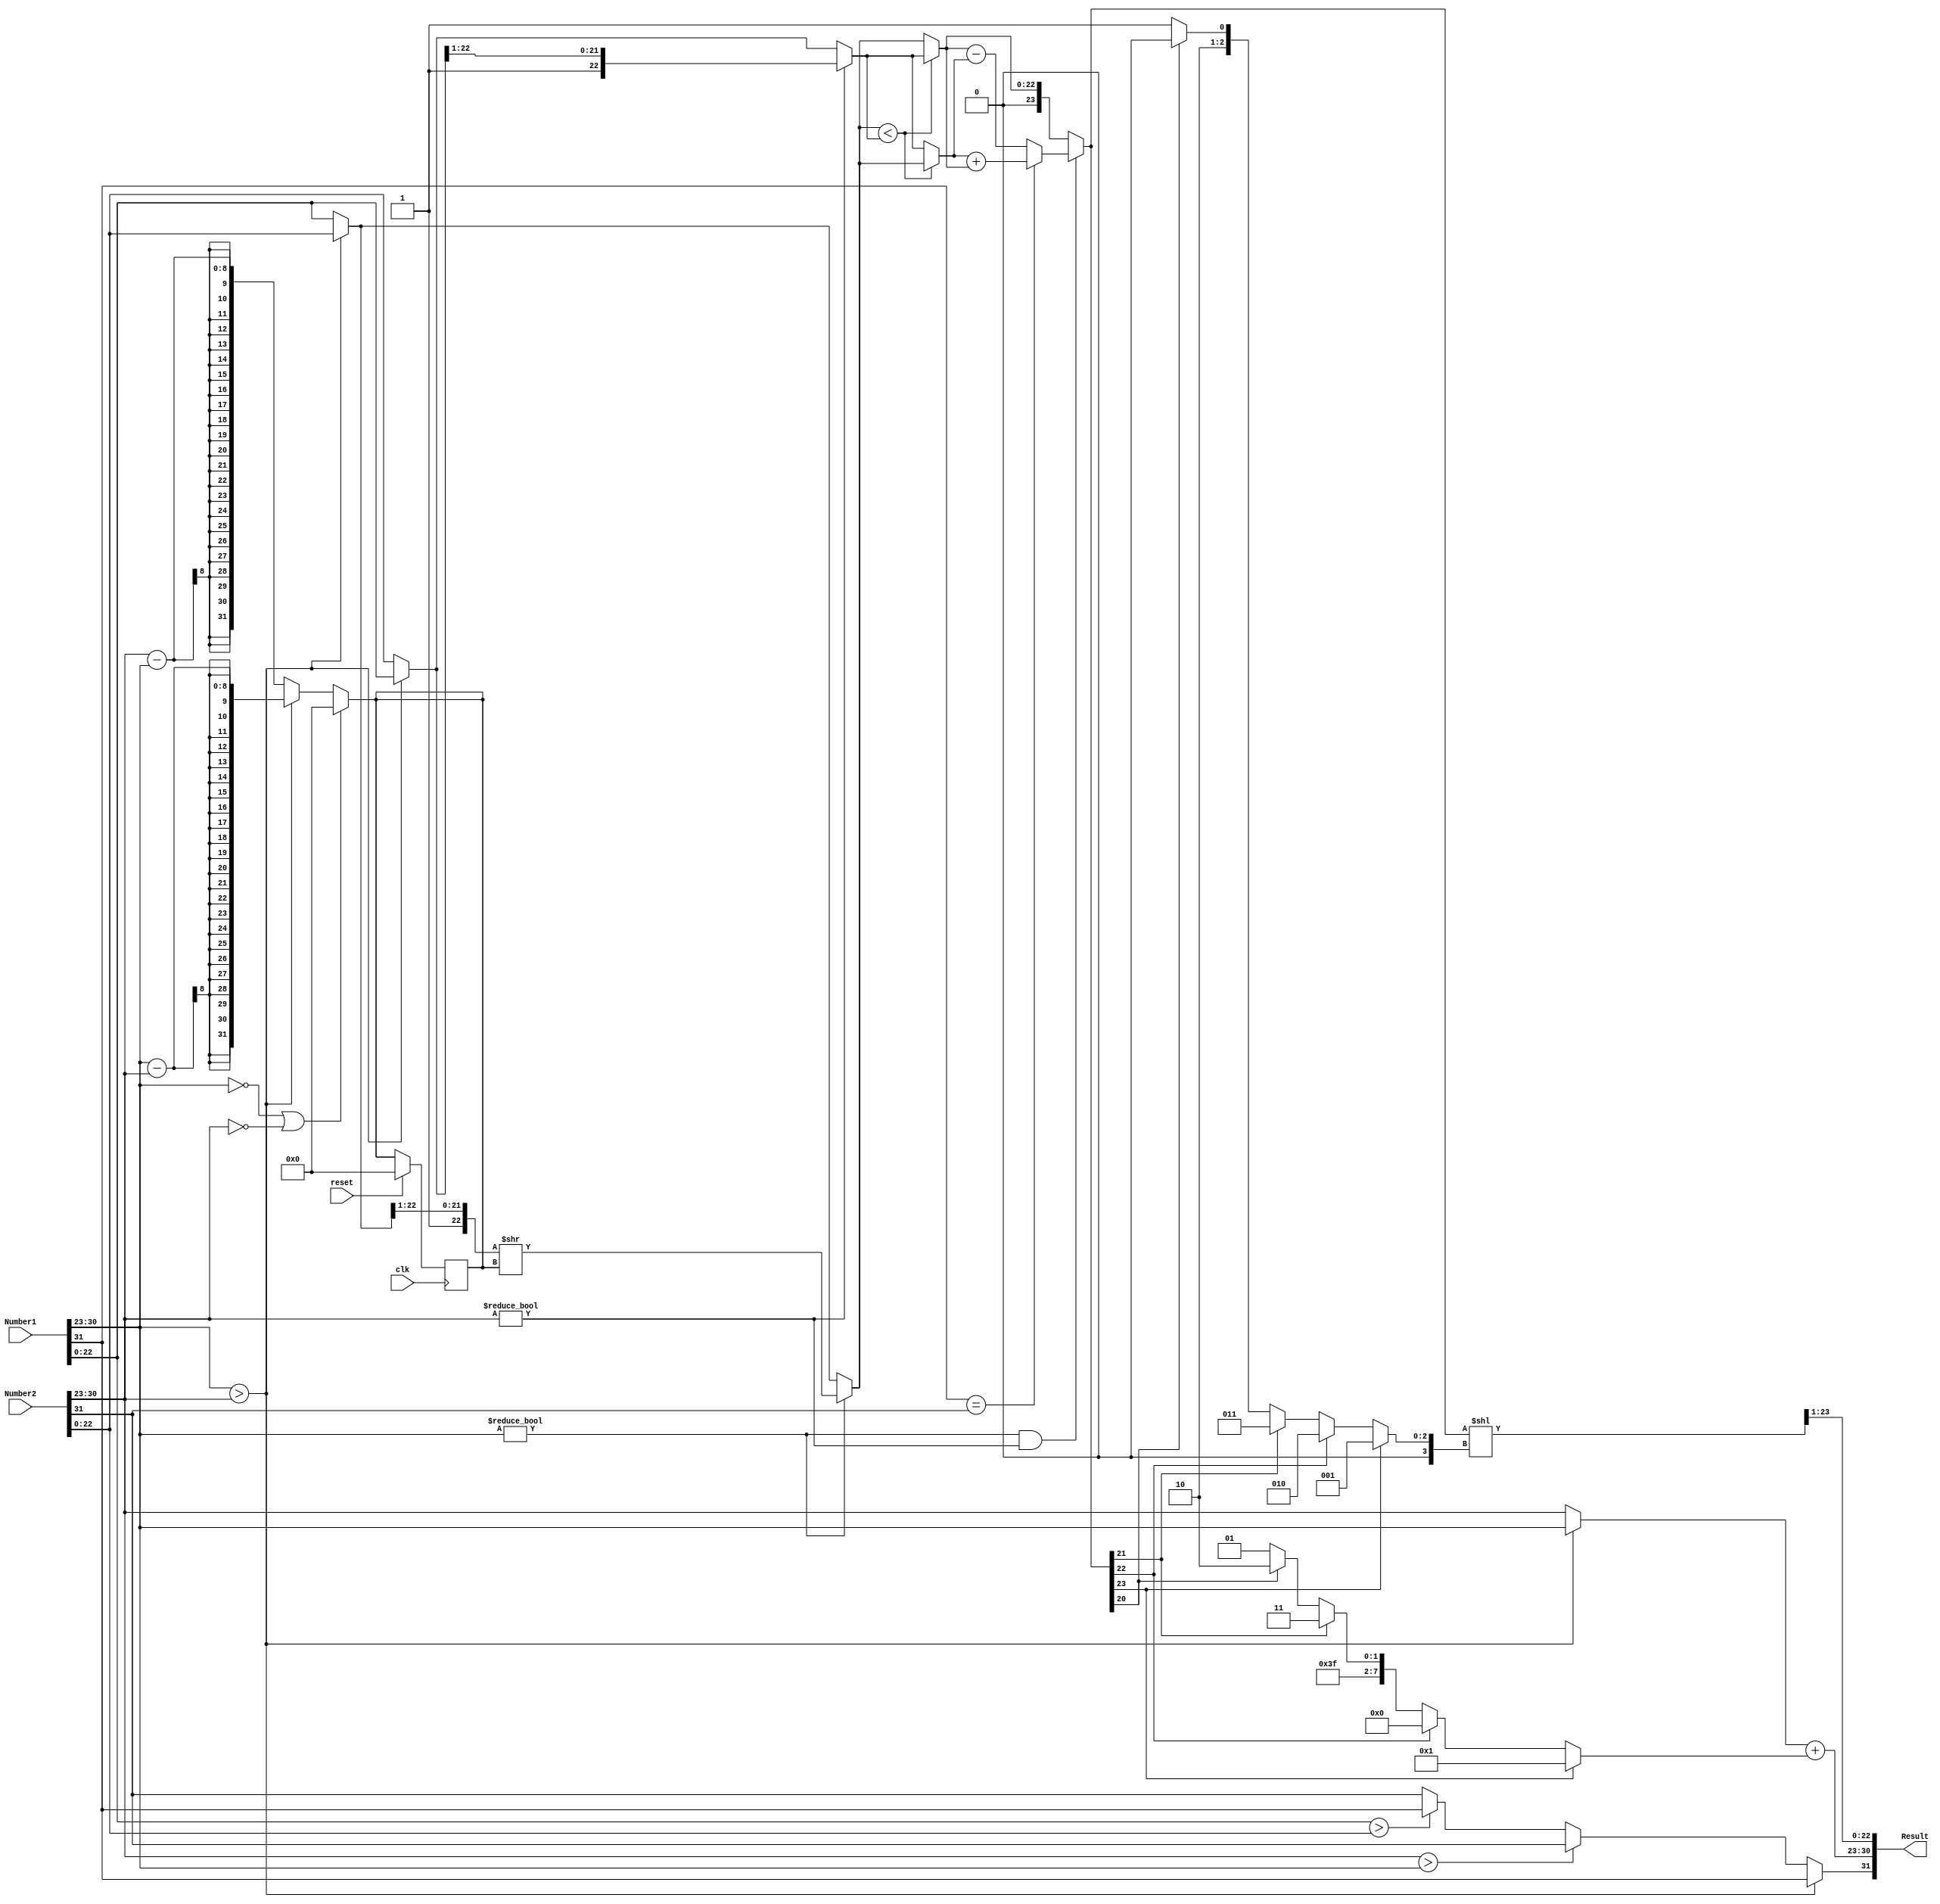
`timescale 1ns/10ps

module IEEE_SP_FP_ADDER(input clk, input reset, input [31:0]Number1, input [31:0]Number2, output [31:0]Result);
    
    reg    [31:0] Num_shift_80; 
    reg    [7:0]  Larger_exp_80,Final_expo_80;
    reg    [22:0] Small_exp_mantissa_80,S_mantissa_80,L_mantissa_80,Large_mantissa_80,Final_mant_80;
    reg    [23:0] Add_mant_80,Add1_mant_80;
    reg    [7:0]  e1_80,e2_80;
    reg    [22:0] m1_80,m2_80;
    reg           s1_80,s2_80,Final_sign_80;
    reg    [3:0]  renorm_shift_80;
    integer signed   renorm_exp_80;
    //reg           renorm_exp_80;
    reg    [31:0] Result_80;

    assign Result = Result_80;


    always @(*) begin
        //stage 1
	e1_80 = Number1[30:23];
	e2_80 = Number2[30:23];
        m1_80 = Number1[22:0];
	m2_80 = Number2[22:0];
	s1_80 = Number1[31];
	s2_80 = Number2[31];
        
        if (e1_80  > e2_80) begin
            Num_shift_80           = e1_80 - e2_80;              // number of mantissa shift
            Larger_exp_80           = e1_80;                     // store lower exponent
            Small_exp_mantissa_80  = m2_80;
            Large_mantissa_80      = m1_80;
        end
        
        else begin
            Num_shift_80           = e2_80 - e1_80;
            Larger_exp_80           = e2_80;
            Small_exp_mantissa_80  = m1_80;
            Large_mantissa_80      = m2_80;
        end

	if (e1_80 == 0 | e2_80 ==0) begin
	    Num_shift_80 = 0;
	end
	else begin
	    Num_shift_80 = Num_shift_80;
	end
	
	
        
        //stage 2
        //if check both for normalization then append 1 and shift
	if (e1_80 != 0) begin
            Small_exp_mantissa_80  = {1'b1,Small_exp_mantissa_80[22:1]};
	    Small_exp_mantissa_80  = (Small_exp_mantissa_80 >> Num_shift_80);
        end
	else begin
	    Small_exp_mantissa_80 = Small_exp_mantissa_80;
	end

	if (e2_80!= 0) begin
            Large_mantissa_80      = {1'b1,Large_mantissa_80[22:1]};
	end
	else begin
	    Large_mantissa_80 = Large_mantissa_80;
	end

        	//else do what to do for denorm field
			

        //stage 3
                                                    //check if exponent are equal
            if (Small_exp_mantissa_80  < Large_mantissa_80) begin
                //Small_exp_mantissa_80 = ((~ Small_exp_mantissa_80 ) + 1'b1);
		//$display("what small_exp:%b",Small_exp_mantissa_80);
		S_mantissa_80 = Small_exp_mantissa_80;
		L_mantissa_80 = Large_mantissa_80;
            end
            else begin
                //Large_mantissa_80 = ((~ Large_mantissa_80 ) + 1'b1);
		//$display("what large_exp:%b",Large_mantissa_80);
			
		S_mantissa_80 = Large_mantissa_80;
		L_mantissa_80 = Small_exp_mantissa_80;
             end       
        //stage 4
        //add the two mantissa's
	
	if (e1_80!=0 & e2_80!=0) begin
		if (s1_80 == s2_80) begin
        		Add_mant_80 = S_mantissa_80 + L_mantissa_80;
		end else begin
			Add_mant_80 = L_mantissa_80 - S_mantissa_80;
		end
	end	
	else begin
		Add_mant_80 = L_mantissa_80;
	end
         
	//renormalization for mantissa and exponent
	if (Add_mant_80[23]) begin
		renorm_shift_80 = 4'd1;
		renorm_exp_80 = 4'd1;
	end
	else if (Add_mant_80[22])begin
		renorm_shift_80 = 4'd2;
		renorm_exp_80 = 0;		
	end
	else if (Add_mant_80[21])begin
		renorm_shift_80 = 4'd3; 
		renorm_exp_80 = -1;
	end 
	else if (Add_mant_80[20])begin
		renorm_shift_80 = 4'd4; 
		renorm_exp_80 = -2;		
	end  
	else if (Add_mant_80[19])begin
		renorm_shift_80 = 4'd5; 
		renorm_exp_80 = -3;		
	end      

	//stage 5
	// if e1==e2, no shift for exp
        Final_expo_80 =  Larger_exp_80 + renorm_exp_80;
	
	Add1_mant_80 = Add_mant_80 << renorm_shift_80;

	Final_mant_80 = Add1_mant_80[23:1];  	

        
	if (s1_80 == s2_80) begin
		Final_sign_80 = s1_80;
	end 

	if (e1_80 > e2_80) begin
		Final_sign_80 = s1_80;	
	end else if (e2_80 > e1_80) begin
		Final_sign_80 = s2_80;
	end
	else begin

		if (m1_80 > m2_80) begin
			Final_sign_80 = s1_80;		
		end else begin
			Final_sign_80 = s2_80;
		end
	end	
	
	Result_80 = {Final_sign_80,Final_expo_80,Final_mant_80}; 

    end
    
    always @(posedge clk) begin
            if(reset) begin
                Num_shift_80 <= #1 0;
            end
    end
    
endmodule